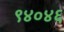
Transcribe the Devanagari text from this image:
९४०४६